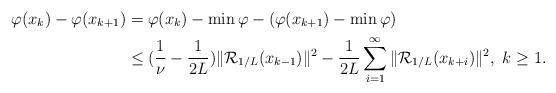
LaTeX: \begin{align*}\varphi(x_k)-\varphi(x_{k+1})&=\varphi(x_k)-\min \varphi-(\varphi(x_{k+1})-\min \varphi) \\ &\leq (\frac{1}{\nu}-\frac{1}{2L})\|\mathcal{R}_{1/L}(x_{k-1})\|^2-\frac{1}{2L}\sum_{i=1}^\infty\|\mathcal{R}_{1/L}(x_{k+i})\|^2, ~k\geq 1.\end{align*}